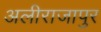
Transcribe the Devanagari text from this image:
अलीराजापुर